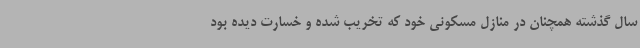
سال گذشته همچنان در منازل مسکونی خود که تخریب شده و خسارت دیده بود